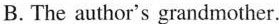
B. The author's grandmother.